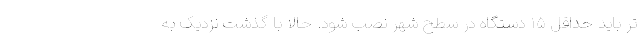
تر باید حداقل ۱۵ دستگاه در سطح شهر نصب شود. حالا با گذشت نزدیک به